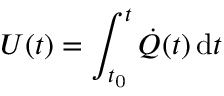
U ( t ) = \int _ { t _ { \mathrm { 0 } } } ^ { t } \dot { Q } ( t ) \, \mathrm { d } t